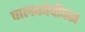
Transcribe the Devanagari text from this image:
पालकोवीक्स